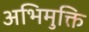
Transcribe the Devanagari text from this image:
अभिमुक्ति